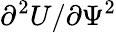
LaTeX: \partial^{2}U/\partial\Psi^{2}